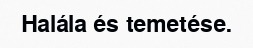
Halála és temetése.